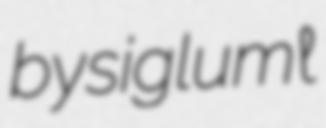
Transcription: by siglum ℓ